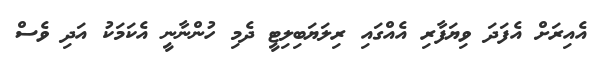
އެއިރަށް އެފަދަ ވިޔަފާރި އެއްގައި ރިލަޔަބިލިޓީ ދެމި ހުންނާނީ އެކަމަކު އަދި ވެސް